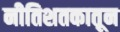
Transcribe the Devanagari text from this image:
नीतिशतकातून